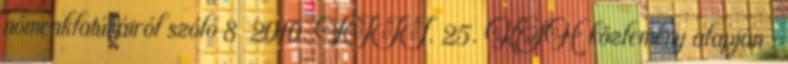
nómenklatúráiról szóló 8 2010. VIII. 25. KSH közlemény alapján :